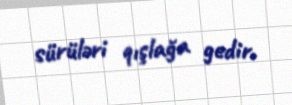
sürüləri qışlağa gedir.